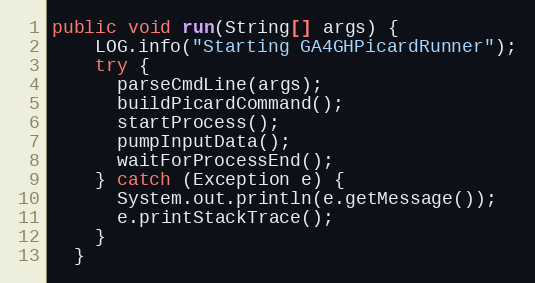
Language: Java
public void run(String[] args) {
    LOG.info("Starting GA4GHPicardRunner");
    try {
      parseCmdLine(args);
      buildPicardCommand();
      startProcess();
      pumpInputData();
      waitForProcessEnd();
    } catch (Exception e) {
      System.out.println(e.getMessage());
      e.printStackTrace();
    }
  }